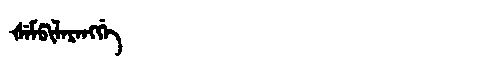
Manchu: ᡧᡝᠮᡦᡳᠯᡝᡵᡝᠩᡤᡝ
Romanization: ŠEMPILERENGGE